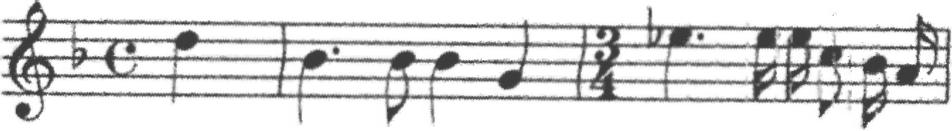
Transcription: clef-G2 keySignature-FM timeSignature-C note-D5_quarter barline note-Bb4_quarter. note-Bb4_eighth note-Bb4_quarter note-G4_quarter barline timeSignature-3/4 note-Eb5_quarter. note-E5_sixteenth note-E5_sixteenth note-C5_eighth note-Bb4_sixteenth note-A4_sixteenth barline